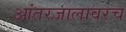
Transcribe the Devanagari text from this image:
आंतरजालावरच